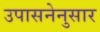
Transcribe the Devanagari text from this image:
उपासनेनुसार